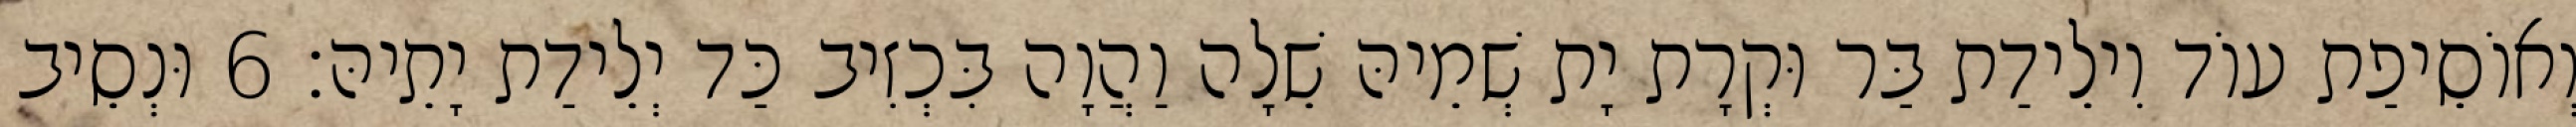
וְאוֹסֵיפַת עוֹד וִילֵידַת בַּר וּקְרָת יָת שְׁמֵיהּ שֵׁלָה וַהֲוָה בִּכְזִיב כַּד יְלֵידַת יָתֵיהּ׃ 6 וּנְסֵיב